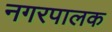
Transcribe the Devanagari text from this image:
नगरपालक